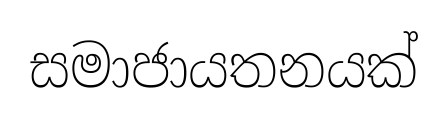
සමාජායතනයක්